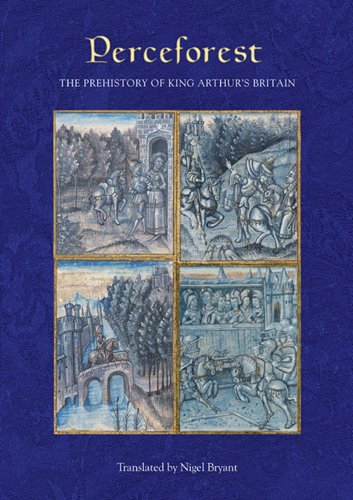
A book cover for Perceforest: The Prehistory of King Arthur's Britain (Arthurian Studies); Literature & Fiction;